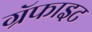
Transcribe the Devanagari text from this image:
ग्रॅफाइट